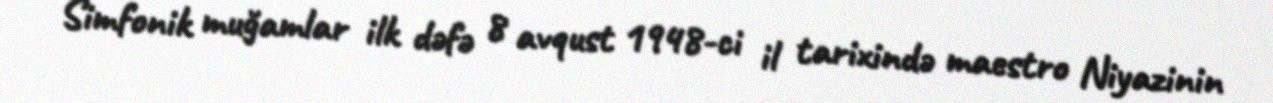
Simfonik muğamlar ilk dəfə 8 avqust 1948-ci il tarixində maestro Niyazinin